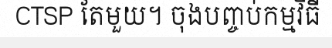
CTSP តែមួយ។ ចុងបញ្ចប់កម្មវិធី